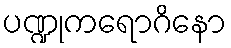
ပဏ္ဍုကရောဂိနော